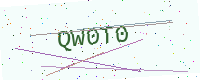
Text: QW0T0